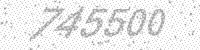
Solution: 745500